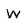
Character: W